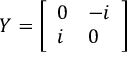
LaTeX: Y = { \left[ \begin{array} { l l } { 0 } & { - i } \\ { i } & { 0 } \end{array} \right] }